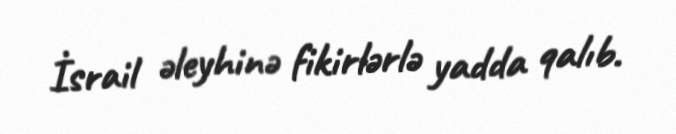
İsrail əleyhinə fikirlərlə yadda qalıb.